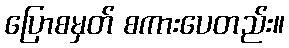
ပြောစမှတ် စကားပေတည်း။